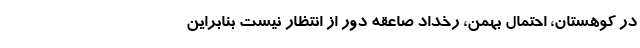
در کوهستان، احتمال بهمن، رخداد صاعقه دور از انتظار نیست بنابراین